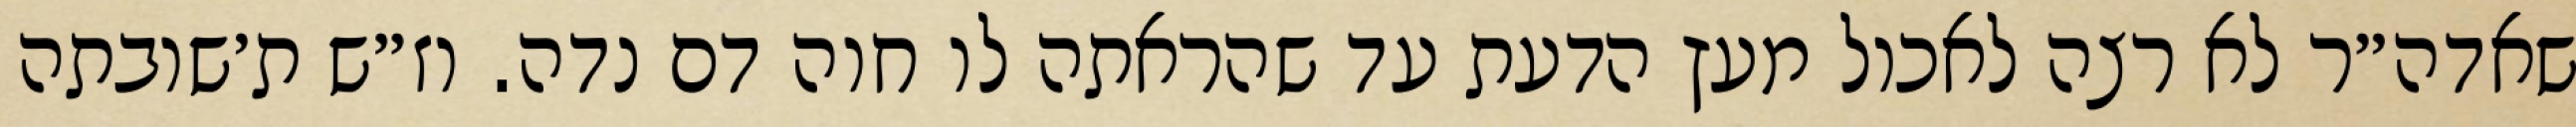
שאדה״ר לא רצה לאכול מעץ הדעת עד שהראתה לו חוה דם נדה. וז״ש ת׳שובתה